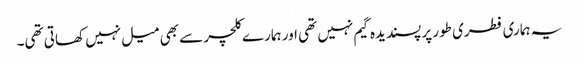
یہ ہماری فطری طور پر پسندیدہ گیم نہیں تھی اور ہمارے کلچر سے بھی میل نہیں کھاتی تھی۔